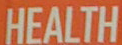
HEALTH